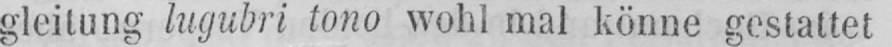
gleitung lugubri tono wohl mal könne gestattet